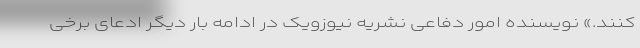
کنند.» نویسنده امور دفاعی نشریه نیوزویک در ادامه بار دیگر ادعای برخی